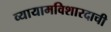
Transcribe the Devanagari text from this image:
व्यायामविशारदाची